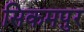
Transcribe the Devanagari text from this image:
सिकमपुर